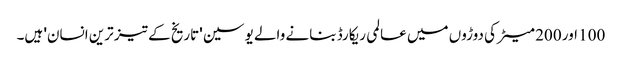
100 اور 200 میٹر کی دوڑوں میں عالمی ریکارڈ بنانے والے یوسین 'تاریخ کے تیز ترین انسان' ہیں۔